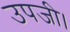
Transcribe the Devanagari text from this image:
उपजी।